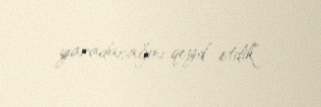
yaradacağını qeyd etdik”.